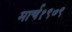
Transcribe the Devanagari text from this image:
मार्च१९७९